Insane asylums in Bengal annual reports 1867-1875 - 1867-1875
Year: 1867
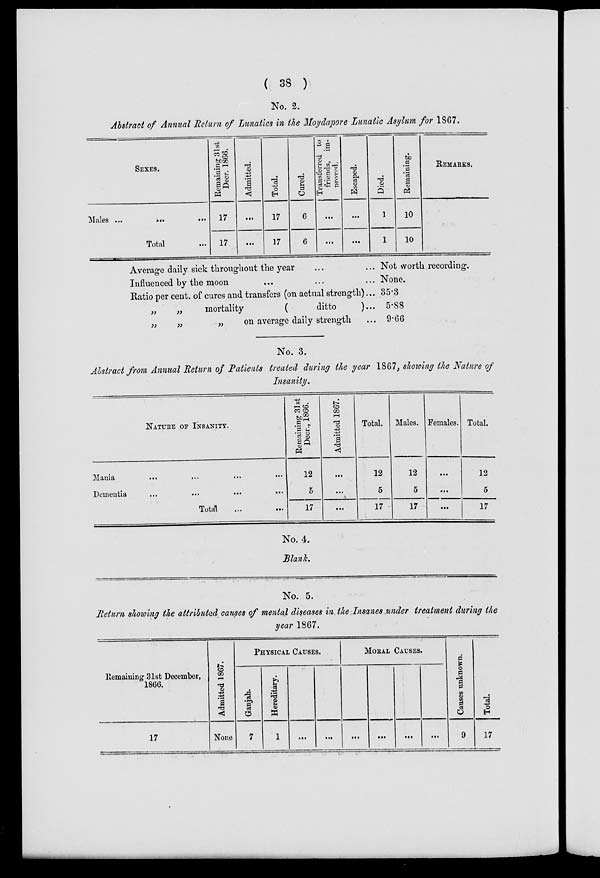
( 38 )
No. 2.
Abstract of Annual Return of Lunatics in the Moydapore Lunatic Asylum for 1867.
SEXES.
Males ...
...
...
Total ...
Remaining 31st
Decr. 1866.
17
17
Admitted.
...
...
Total.
17
17
Cured.
6
6
Transferred to
friends, im-
proved.
...
...
Escaped.
...
...
Died.
1
1
Remaining.
10
10
REMARKS.
Average daily sick throughout the year ... ...
Influenced by the moon ... ...
Ratio per cent. of cures and transfers (on actual strength)...
„
„
mortality
(
ditto
)...
„
„
„
on average daily strength ...
Not worth recording.
None.
35.3
5.88
9.66
No. 3.
Abstract from Annual Return of Patients treated during the year 1867, showing the Nature of
Insanity.
NATURE OF INSANITY.
Mania
...
...
...
...
Dementia
...
...
...
...
Total ... ...
Remaining 31st
Decr., 1866.
12
5
17
Admitted 1867.
...
...
...
Total.
12
5
17
Males.
12
5
17
Females.
...
...
...
Total.
12
5
17
No. 4.
Blank.
No. 5.
Return showing the attributed causes of mental diseases in the Insanes under treatment during the
year 1867.
Remaining 31st December,
1866.
17
Admitted 1867.
None
PHYSICAL CAUSES.
Ganjah.
7
Hereditary.
1
...
...
MORAL CAUSES.
...
...
...
...
Causes unknown.
9
Total.
17